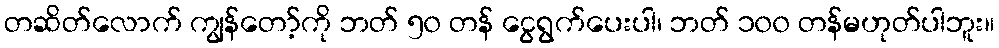
တဆိတ်လောက် ကျွန်တော့်ကို ဘတ် ၅၀ တန် ငွေရွက်ပေးပါ၊ ဘတ် ၁၀၀ တန်မဟုတ်ပါဘူး။